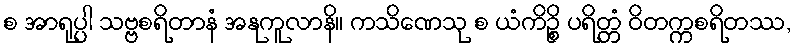
စ အာရုပ္ပါ သဗ္ဗစရိတာနံ အနုကူလာနိ။ ကသိဏေသု စ ယံကိဉ္စိ ပရိတ္တံ ဝိတက္ကစရိတဿ,